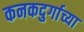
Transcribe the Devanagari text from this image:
कनकदुर्गाच्या